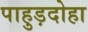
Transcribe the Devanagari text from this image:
पाहुड़दोहा